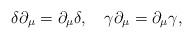
LaTeX: \begin{align*}\delta\partial_\mu=\partial_\mu \delta,\quad\gamma\partial_\mu=\partial_\mu\gamma,\end{align*}